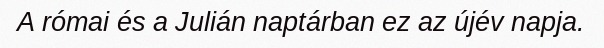
A római és a Julián naptárban ez az újév napja.